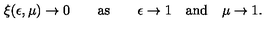
\xi ( \epsilon , \mu ) \to 0 \qquad \mathrm { a s } \qquad \epsilon \to 1 \quad \mathrm { a n d } \quad \mu \to 1 .